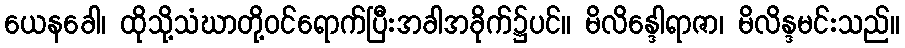
ယေနခေါ၊ ထိုသို့သံဃာတို့ဝင်ရောက်ပြီးအခါအခိုက်၌ပင်။ မိလိန္ဒေါရာဇာ၊ မိလိန္ဒမင်းသည်။